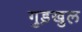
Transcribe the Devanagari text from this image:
गुड़खुल